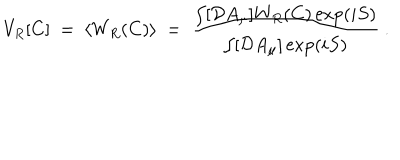
V _ { R } [ C ] ~ = ~ \langle W _ { R } ( C ) \rangle ~ = ~ { \frac { \int [ { \cal D } A _ { \mu } ] W _ { R } ( C ) \exp ( i S ) } { \int [ { \cal D } A _ { \mu } ] \exp ( i S ) } } ~ .